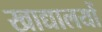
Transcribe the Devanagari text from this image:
खाद्यालयों